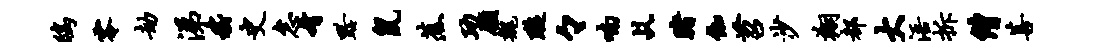
鸱零劫涕嵇史怠肴黔鼠蕉功愿魏璇々喃乩赌伽苕沙翔都大浯拆僧菩